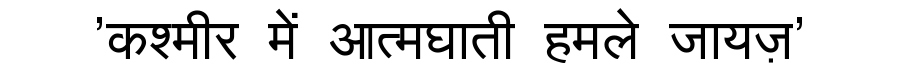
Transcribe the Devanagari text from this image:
'कश्मीर में आत्मघाती हमले जायज़'